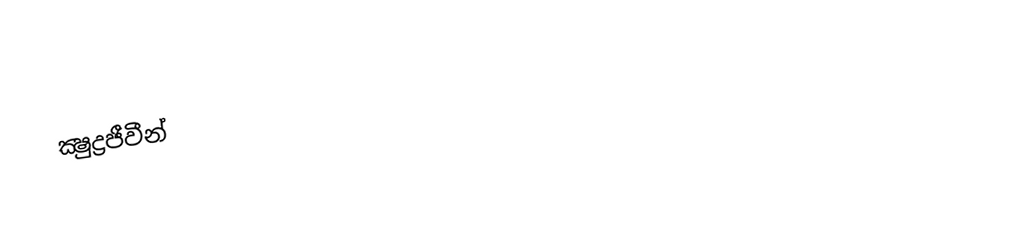
ක්‍ෂුද්‍රජීවීන්